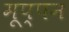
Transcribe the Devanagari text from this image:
मूप्पन